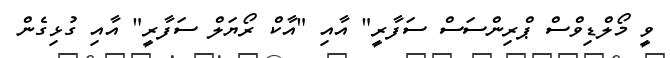
ވީ މޯލްޑިވްސް ޕްރިންސަސް ސަފާރީ" އާއި "އާކް ރޯޔަލް ސަފާރީ" އާއި ގުޅިގެން